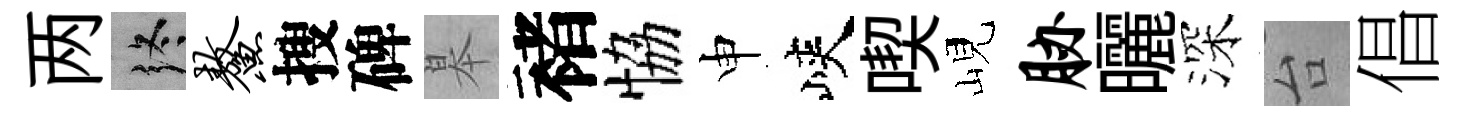
两终鳌搜碑皋褚恊申峽喫峴胁曬深台倡